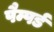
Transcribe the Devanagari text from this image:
पैम्पर्ड